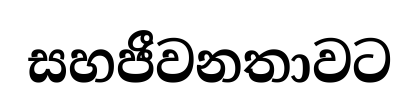
සහජීවනතාවට